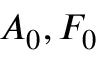
A _ { 0 } , F _ { 0 }